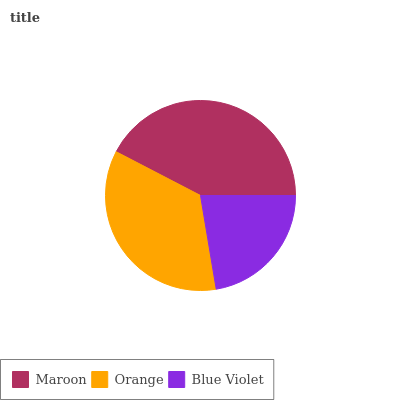
| Maroon | Orange | Blue Violet |
 | --- | --- | --- |
 | 42.4% | 35.4% | 22.3% |